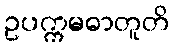
ဥပက္ကမဓာတူတိ